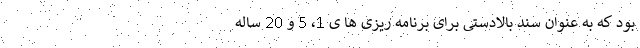
بود که به عنوان سند بالادستی برای برنامه ریزی ها ی 1، 5 و 20 ساله